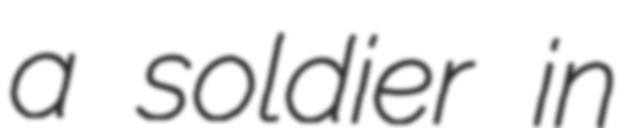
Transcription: a soldier in